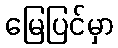
မြေပြင်မှာ